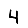
Digit: 4